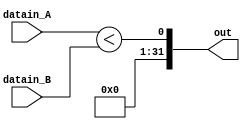
`ifndef __SLTU__
 `define __SLTU__

module sltu(datain_A, datain_B, out);
   parameter WIRE = 32;
   input [WIRE-1:0] datain_A, datain_B;
   output [WIRE-1:0] out;

   assign out = datain_A < datain_B;
endmodule

`endif